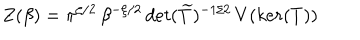
LaTeX: Z ( \beta ) = \pi ^ { \zeta / 2 } \, \beta ^ { - \zeta / 2 } \, d e t ( \widetilde { T } ) ^ { - 1 / 2 } \, V ( k e r ( T ) )